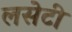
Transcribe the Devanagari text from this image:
लसेटी